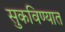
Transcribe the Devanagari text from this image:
सुकविण्यात